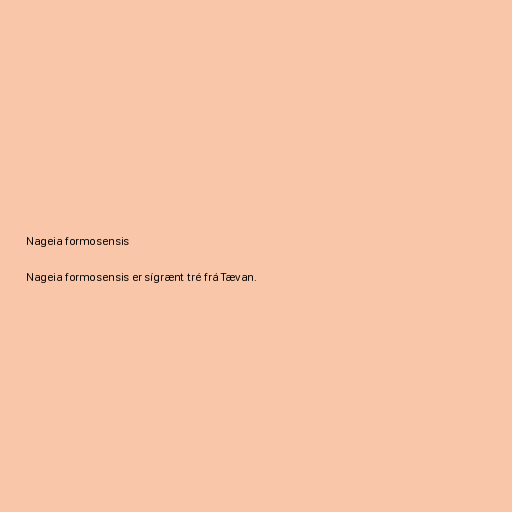
Nageia formosensis

Nageia formosensis er sígrænt tré frá Tævan.